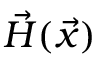
\vec { H } ( \vec { x } )